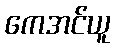
ကေအင်ယူ